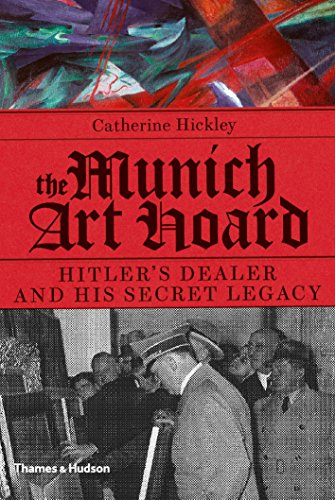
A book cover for The Munich Art Hoard: Hitler's Dealer and His Secret Legacy; Catherine Hickley; Arts & Photography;